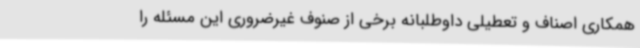
همکاری اصناف و تعطیلی داوطلبانه برخی از صنوف غیرضروری این مسئله را